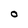
Character: O